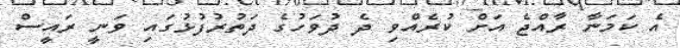
އެ ކަމަނާ ރާއްޖެ އަށް ކުރެއްވި ދެ ދުވަހުގެ ދަތުރުފުޅުގައި ވަނީ ރައީސް